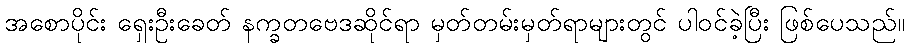
အစောပိုင်း ရှေးဦးခေတ် နက္ခတဗေဒဆိုင်ရာ မှတ်တမ်းမှတ်ရာများတွင် ပါဝင်ခဲ့ပြီး ဖြစ်ပေသည်။